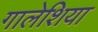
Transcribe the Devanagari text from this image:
गालेशिया